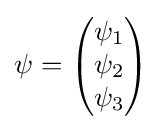
\psi ={\begin{pmatrix}\psi _{1}\\\psi _{2}\\\psi _{3}\end{pmatrix}}